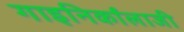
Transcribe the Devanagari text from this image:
गाइनिर्कांलाजी